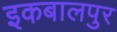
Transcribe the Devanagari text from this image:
इकबालपुर